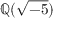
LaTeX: \mathbb { Q } ( { \sqrt { - 5 } } )